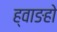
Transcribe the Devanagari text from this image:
ह्वाङहो